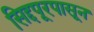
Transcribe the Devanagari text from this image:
सिद्दपूरपासून